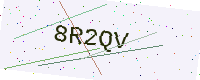
Text: 8R2QV